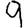
Digit: 9